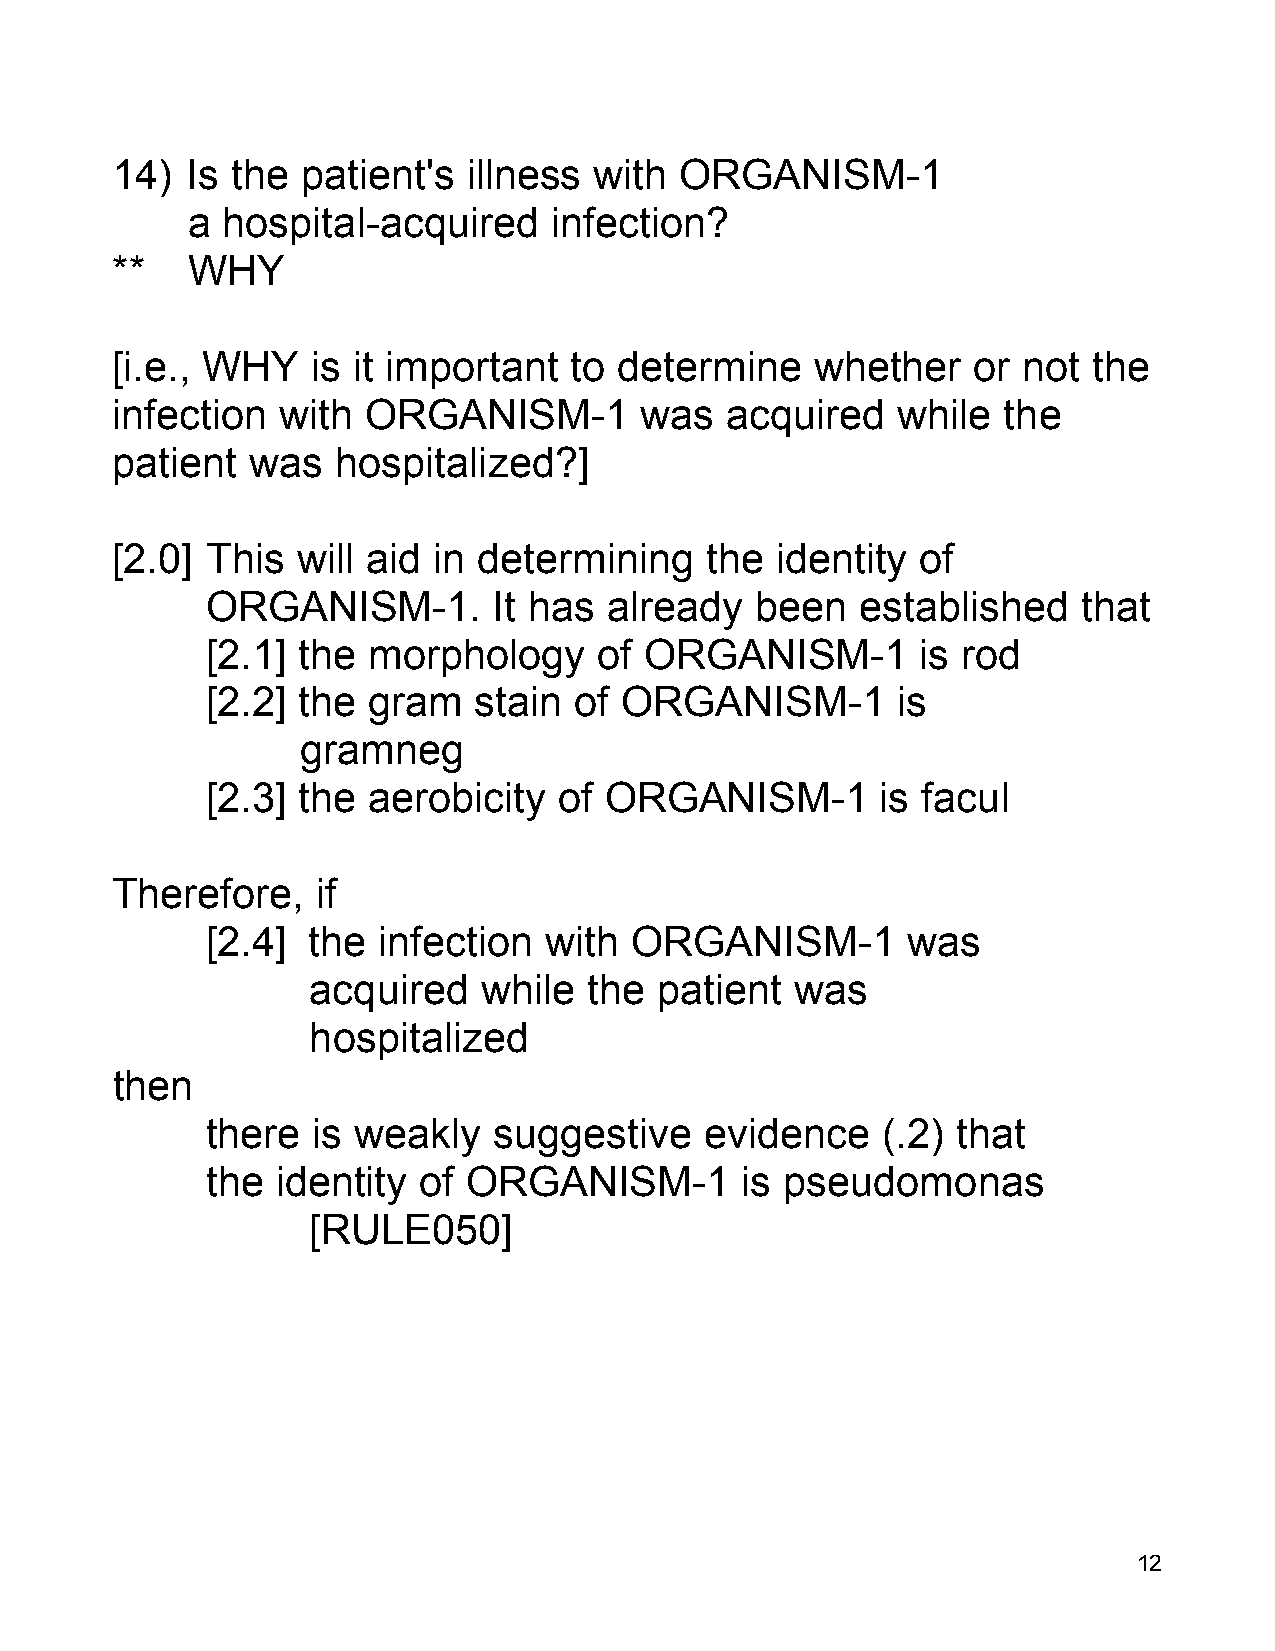
14)  Is the  patient's  illness with  ORGANISM-1
 a  hospital-acquired    infection?
 **   WHY
 [i.e., WHY    is it important  to determine    whether   or  not the
 infection  with  ORGANISM-1        was   acquired   while  the
 patient   was  hospitalized?]
 [2.0]  This  will aid in determining    the identity  of
 ORGANISM-1.        It has already   been   established    that
 [2.1] the morphology      of ORGANISM-1        is rod
 [2.2] the gram   stain  of ORGANISM-1        is
 gramneg
 [2.3] the aerobicity   of ORGANISM-1        is facul
 Therefore,    if
 [2.4] the  infection  with  ORGANISM-1        was
 acquired    while  the patient   was
 hospitalized
 then
 there  is weakly   suggestive    evidence   (.2) that
 the identity  of ORGANISM-1        is pseudomonas
 [RULE050]
 12